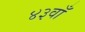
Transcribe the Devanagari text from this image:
४३वाँ